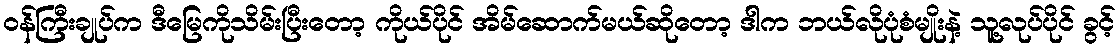
ဝန်ကြီးချုပ်က ဒီမြေကိုသိမ်းပြီးတော့ ကိုယ်ပိုင် အိမ်ဆောက်မယ်ဆိုတော့ ဒါက ဘယ်လိုပုံစံမျိုးနဲ့ သူ့လုပ်ပိုင် ခွင့်